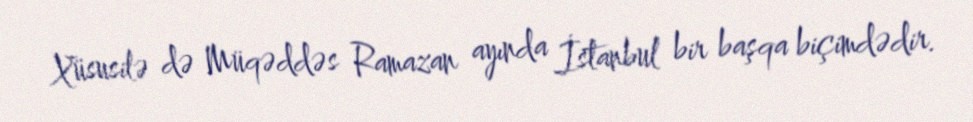
Xüsusilə də Müqəddəs Ramazan ayında İstanbul bir başqa biçimdədir.